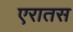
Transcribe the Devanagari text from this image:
एरातस